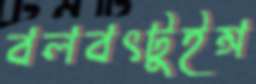
বলবৎটুইন্স